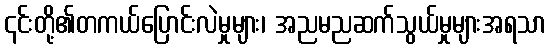
၎င်းတို့၏တကယ်ပြောင်းလဲမှုများ၊ အညမညဆက်သွယ်မှုများအရသာ